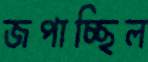
জপাচ্ছিল